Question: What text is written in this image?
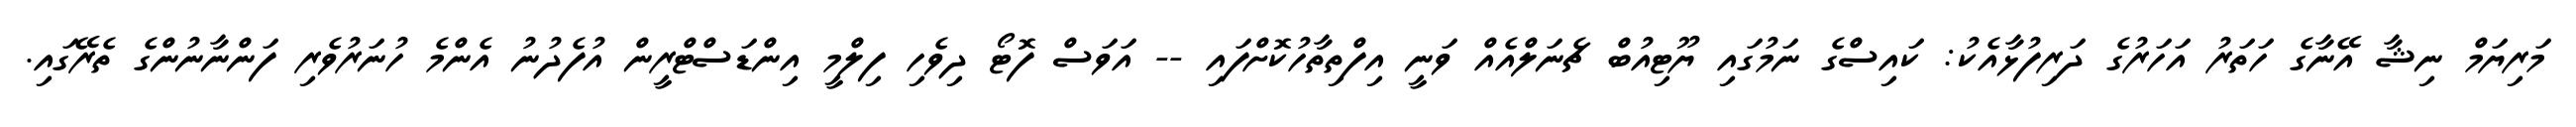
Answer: މަރިޔަމް ނިޝާ އޭނާގެ ހަތަރު އަހަރުގެ ދަރިފުޅާއެކު: ކައިސްގެ ނަމުގައި ޔޫޓިއުބް ޗެނަލްއެއް ވަނީ އިފްތިތާހުކޮށްފައި -- އަވަސް ފޮޓޯ ދިވެހި ފިލްމީ އިންޑަސްޓްރީން އުފެދުނު އެންމެ ހުނަރުވެރި ފަންނާނުންގެ ތެރޭގައި.